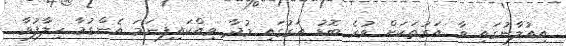
އިއުލާނުގައި ވާ އަގުތަކަށް ވުރެ ބޮޑު އަގުގައި މުދާ ވިއްކައިފިނަމަ އެންގުމާ ހިލާފުވާ